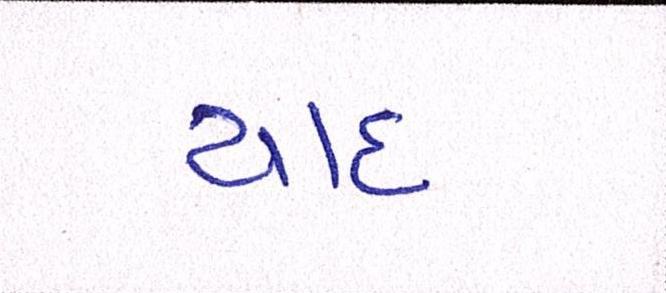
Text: યાદ